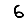
Digit: 6